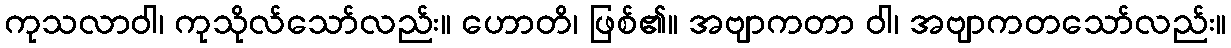
ကုသလာဝါ၊ ကုသိုလ်သော်လည်း။ ဟောတိ၊ ဖြစ်၏။ အဗျာကတာ ဝါ၊ အဗျာကတသော်လည်း။